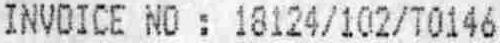
INVOICE NO : 18124/102/T0146